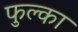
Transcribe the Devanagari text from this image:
फुल्का